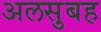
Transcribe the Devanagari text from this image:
अलसुबह